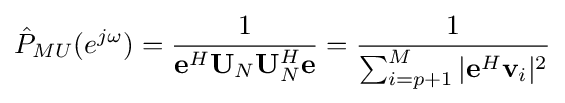
{\hat {P}}_{MU}(e^{j\omega })={\frac {1}{\mathbf {e} ^{H}\mathbf {U} _{N}\mathbf {U} _{N}^{H}\mathbf {e} }}={\frac {1}{\sum _{i=p+1}^{M}|\mathbf {e} ^{H}\mathbf {v} _{i}|^{2}}}